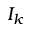
I _ { k }